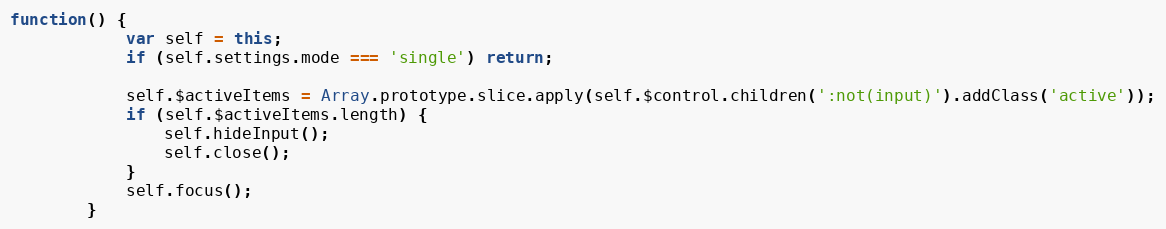
Language: JavaScript
function() {
			var self = this;
			if (self.settings.mode === 'single') return;

			self.$activeItems = Array.prototype.slice.apply(self.$control.children(':not(input)').addClass('active'));
			if (self.$activeItems.length) {
				self.hideInput();
				self.close();
			}
			self.focus();
		}